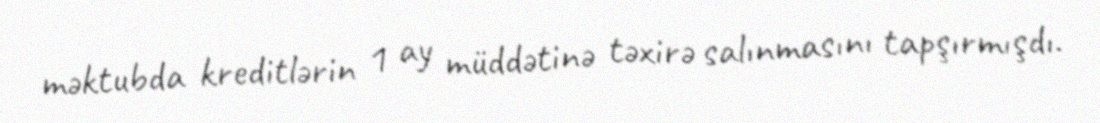
məktubda kreditlərin 1 ay müddətinə təxirə salınmasını tapşırmışdı.